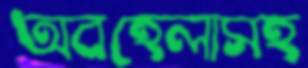
অবহেলাসহ